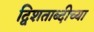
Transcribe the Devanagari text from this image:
द्विशताब्दीच्या